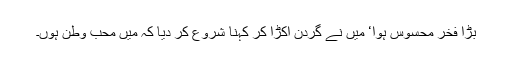
بڑا فخر محسوس ہوا‘ میں نے گردن اکڑا کر کہنا شروع کر دیا کہ میں محب وطن ہوں۔